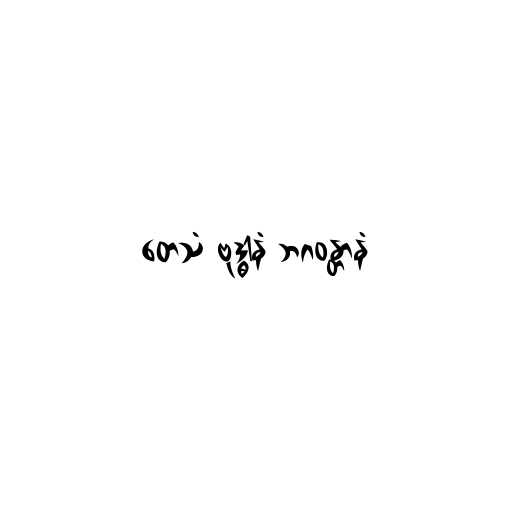
တေသံ ဗုဒ္ဓါနံ ဘဂဝန္တာနံ